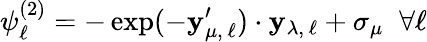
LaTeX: \psi_{\ell}^{(2)}=-\exp(-\mathbf{y}_{\mu,\, \ell}^{\prime})\cdot\mathbf{y}_{\lambda,\, \ell}+\sigma_{\mu}\; \; \forall\ell